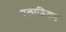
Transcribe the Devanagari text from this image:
पलाडियम